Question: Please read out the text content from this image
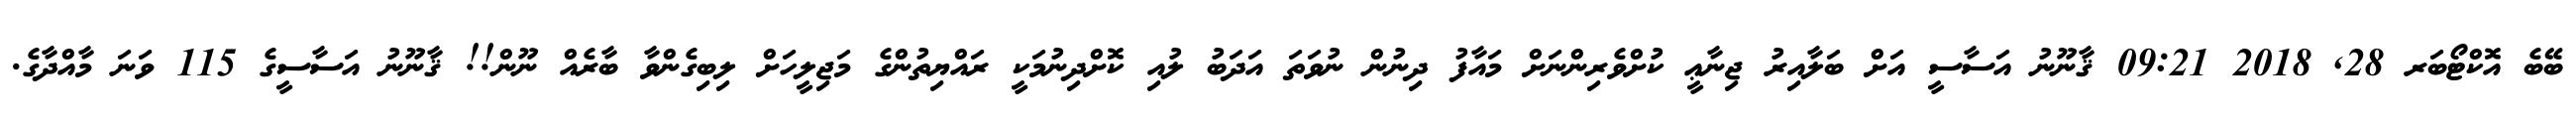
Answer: ބޭބެ އޮކްޓޯބަރ 28, 2018 09:21 ޤާނޫނު އަސާސީ އަށް ބަލާއިރު ޖިނާޢީ ކުށްވެރިންނަށް މައާފު ދިނުން ނުވަތަ އަދަބު ލުއި ކޮށްދިނުމަކީ ރައްޔިތުންގެ މަޖިލީހަށް ލިބިގެންވާ ބާރެއް ނޫން!! ޤާނޫނު އަސާސީގެ 115 ވަނަ މާއްދާގެ.